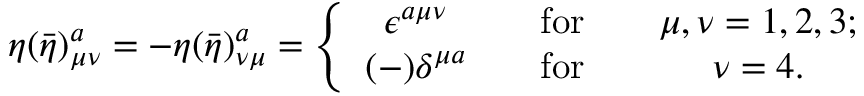
\eta ( \bar { \eta } ) _ { \mu \nu } ^ { a } = - \eta ( \bar { \eta } ) _ { \nu \mu } ^ { a } = \left\{ \begin{array} { c c c } { { \epsilon ^ { a \mu \nu } } } & { { \quad \mathrm { f o r } \quad } } & { { \mu , \nu = 1 , 2 , 3 ; } } \\ { { ( - ) \delta ^ { \mu a } } } & { { \quad \mathrm { f o r } \quad } } & { { \nu = 4 . } } \end{array} \right.